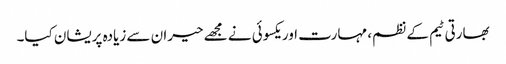
بھارتی ٹیم کے نظم، مہارت اور یکسوئی نے مجھے حیران سے زیادہ پریشان کیا۔